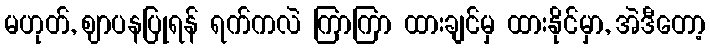
မဟုတ်, ဈာပနပြုရန် ရက်ကလဲ ကြာကြာ ထားချင်မှ ထားနိုင်မှာ, အဲဒီတော့